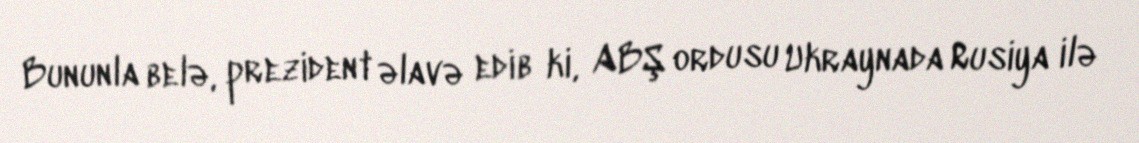
Bununla belə, prezident əlavə edib ki, ABŞ ordusu Ukraynada Rusiya ilə